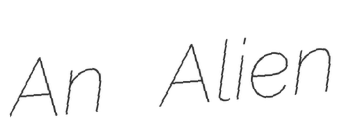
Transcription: An Alien